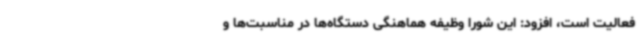
فعالیت است، افزود: این شورا وظیفه هماهنگی دستگاه‌ها در مناسبت‌ها و